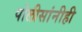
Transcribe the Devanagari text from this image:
पोलीसांनीही